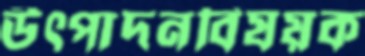
উৎপাদনবিষয়ক